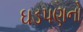
ઘડપણનો